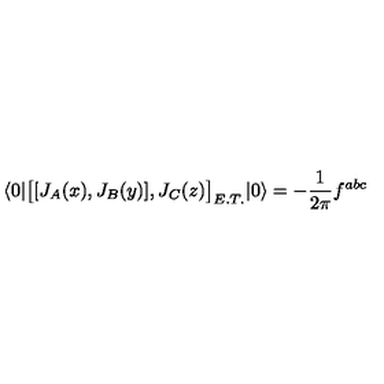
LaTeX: \langle 0 | \big [ [ J _ { A } ( x ) , J _ { B } ( y ) ] , J _ { C } ( z ) \big ] _ { E . T . } | 0 \rangle = - \frac { 1 } { 2 \pi } f ^ { a b c }